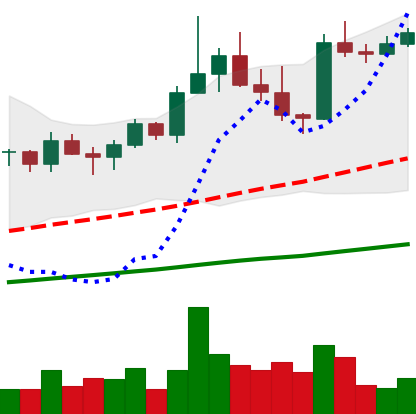
Ticker: TRX-USD
Chart end date: 2021-03-30
Forward return: 95.765%
Label: up_7plus